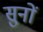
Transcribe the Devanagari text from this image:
सुनों